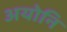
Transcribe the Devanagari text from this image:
अयोनि